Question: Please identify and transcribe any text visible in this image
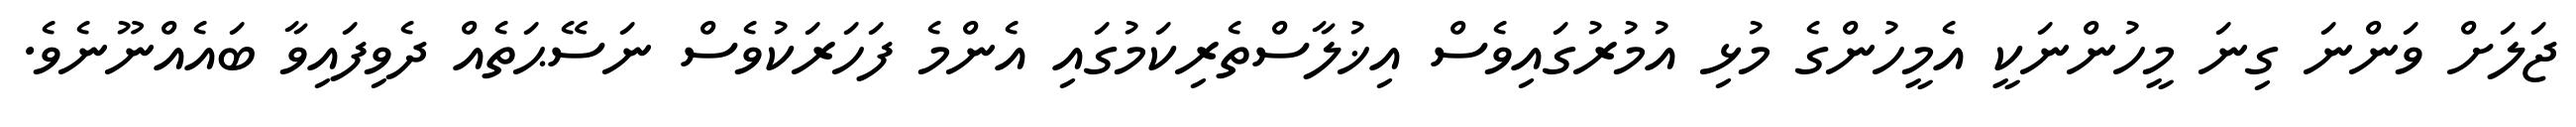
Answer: ޖަލަށް ވަންނަ ގިނަ މީހުންނަކީ އެމީހުންގެ މުޅި އުމުރުގައިވެސް އިޚުލާސްތެރިކަމުގައި އެންމެ ފަހަރަކުވެސް ނަސޭޙަތެއް ދެވިފައިވާ ބައެއްނޫނެވެ.